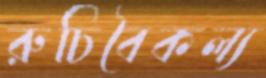
রুচিবৈকল্য